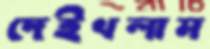
দেইখলাম